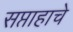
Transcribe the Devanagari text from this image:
सप्ताहाचे